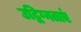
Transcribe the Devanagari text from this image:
उद्विग्नताएं